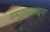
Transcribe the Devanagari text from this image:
समूहासारख्या